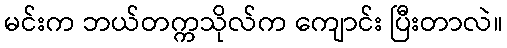
မင်းက ဘယ်တက္ကသိုလ်က ကျောင်း ပြီးတာလဲ။